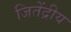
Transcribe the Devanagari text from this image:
जितेंद्रीय